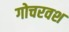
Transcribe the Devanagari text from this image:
गोचरवश